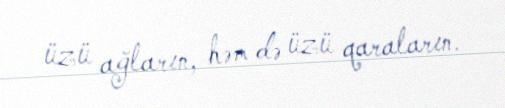
üzü ağların, həm də üzü qaraların.